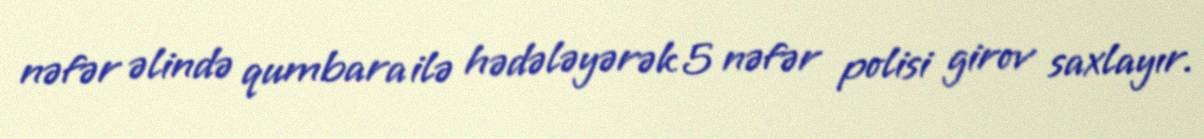
nəfər əlində qumbara ilə hədələyərək 5 nəfər polisi girov saxlayır.